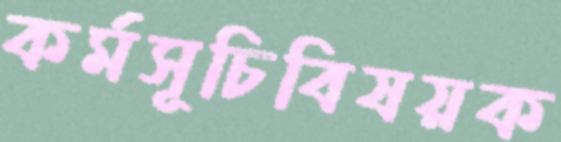
কর্মসূচিবিষয়ক